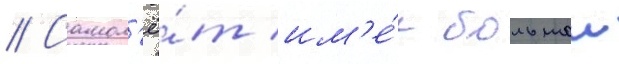
// Самол'ё́т им'е́л большои